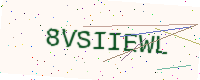
Text: 8VSIIEWL